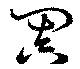
闐